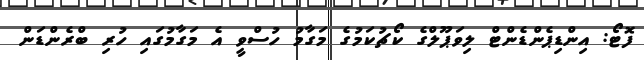
ފޮޓޯ: އިންޑިޕެންޑެންޓް ލިވަޕޫލްގެ ކޯޗުކަމުގެ މަގާމު ހުސްވީ އެ މަގާމުގައި ހުރި ބްރެންޑަން